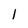
Character: l